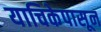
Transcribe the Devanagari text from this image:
याचिकेपासून